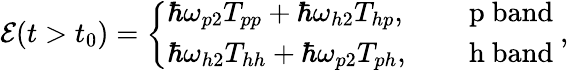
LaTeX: \begin{array}{r}{{\cal E}(t>t_{0})=\left\{ \begin{array}{ll}{\hbar\omega_{p2}T_{pp}+\hbar\omega_{h2}T_{hp},}&{\quad\mathrm{~p~band~}}\\ {\hbar\omega_{h2}T_{hh}+\hbar\omega_{p2}T_{ph},}&{\quad\mathrm{~h~band~}}\end{array}\right.,}\end{array}